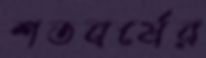
শতবর্ষের